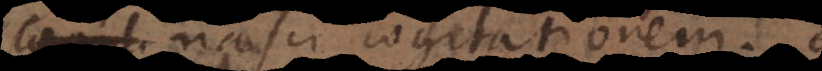
cogit nasci cogitationem.